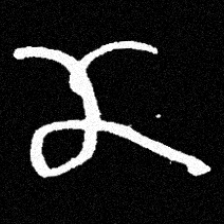
Pyu character \u2014 Myanmar letter: ဏ (romanized: nna)